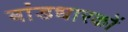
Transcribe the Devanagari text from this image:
बांडधारकों